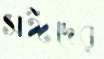
সঈদের